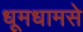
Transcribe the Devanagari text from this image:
धूमधामसे